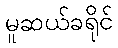
မူဆယ်ခရိုင်